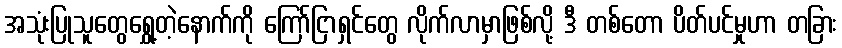
အသုံးပြုသူတွေရွှေ့တဲ့နောက်ကို ကြော်ငြာရှင်တွေ လိုက်လာမှာဖြစ်လို့ ဒီ တစ်တော ပိတ်ပင်မှုဟာ တခြား